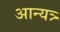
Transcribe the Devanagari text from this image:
आन्यत्र्